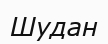
Шудан